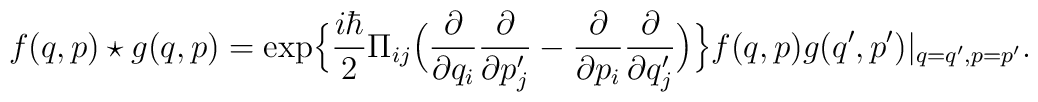
f(q,p)\star g(q,p)={\rm exp}\Big\{\frac{i \hbar}{2} \Pi_{ij}\Big(\frac{\partial}{\partial q_i}\frac{\partial}{\partial p_j'}-\frac{\partial}{\partial p_i}\frac{\partial}{\partial q_j'}\Big)\Big\}f(q,p)g(q',p')|_{q=q',p=p'}.